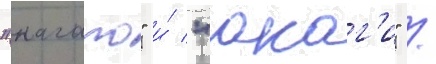
"нагато" и́ "акаг'и" /